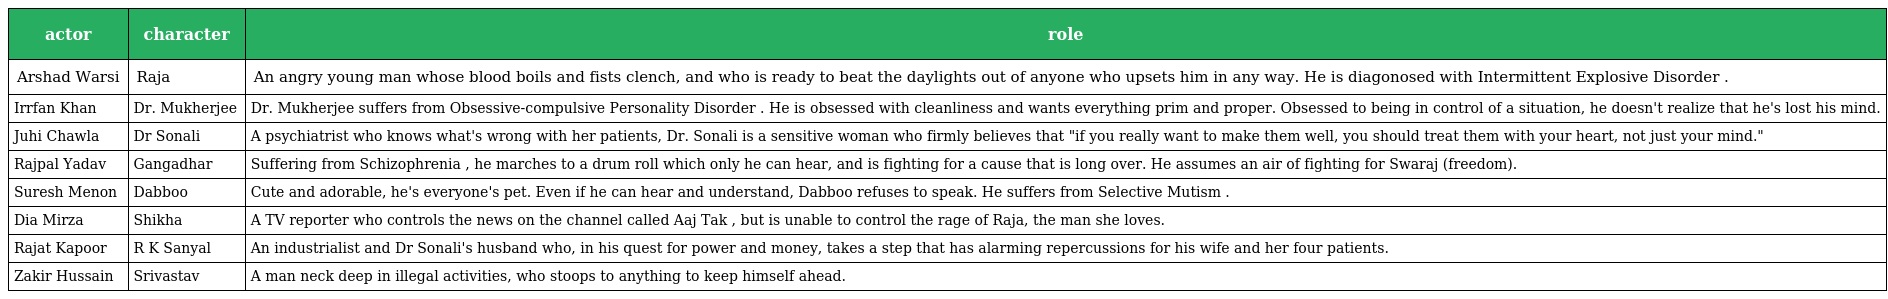
| actor | character | role |
 | --- | --- | --- |
 | Arshad Warsi | Raja | An angry young man whose blood boils and fists clench, and who is ready to beat the daylights out of anyone who upsets him in any way. He is diagonosed with Intermittent Explosive Disorder . |
 | Irrfan Khan | Dr. Mukherjee | Dr. Mukherjee suffers from Obsessive-compulsive Personality Disorder . He is obsessed with cleanliness and wants everything prim and proper. Obsessed to being in control of a situation, he doesn't realize that he's lost his mind. |
 | Juhi Chawla | Dr Sonali | A psychiatrist who knows what's wrong with her patients, Dr. Sonali is a sensitive woman who firmly believes that "if you really want to make them well, you should treat them with your heart, not just your mind." |
 | Rajpal Yadav | Gangadhar | Suffering from Schizophrenia , he marches to a drum roll which only he can hear, and is fighting for a cause that is long over. He assumes an air of fighting for Swaraj (freedom). |
 | Suresh Menon | Dabboo | Cute and adorable, he's everyone's pet. Even if he can hear and understand, Dabboo refuses to speak. He suffers from Selective Mutism . |
 | Dia Mirza | Shikha | A TV reporter who controls the news on the channel called Aaj Tak , but is unable to control the rage of Raja, the man she loves. |
 | Rajat Kapoor | R K Sanyal | An industrialist and Dr Sonali's husband who, in his quest for power and money, takes a step that has alarming repercussions for his wife and her four patients. |
 | Zakir Hussain | Srivastav | A man neck deep in illegal activities, who stoops to anything to keep himself ahead. |